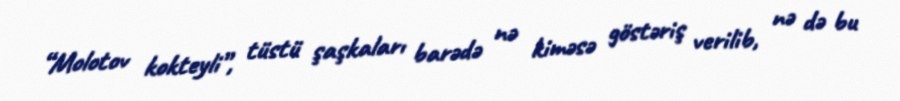
“Molotov kokteyli”, tüstü şaşkaları barədə nə kiməsə göstəriş verilib, nə də bu